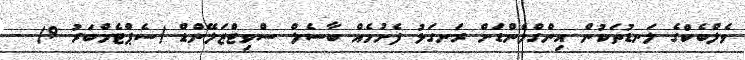
ވެލްބެކްގެ ލަނޑުތަކުން އިންގްލެންޑަށް ރަނގަޅު ފެށުމެއް ބާސެލް ސްވިޓްޒަލޭންޑް (ސެޕްޓެމްބަރު 9) -